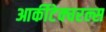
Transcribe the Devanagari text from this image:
आर्कीटेक्चरल्स